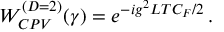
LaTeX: W _ { C P V } ^ { ( D = 2 ) } ( \gamma ) = e ^ { - i g ^ { 2 } L T C _ { F } / 2 } \, .